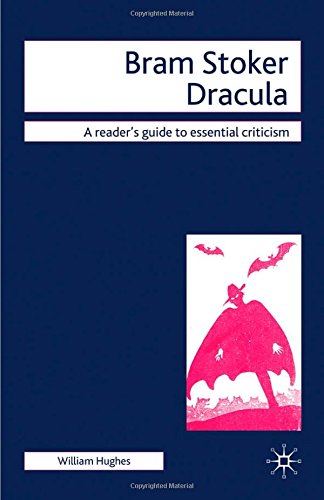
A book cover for Bram Stoker - Dracula (Readers' Guides to Essential Criticism); William Hughes; Literature & Fiction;